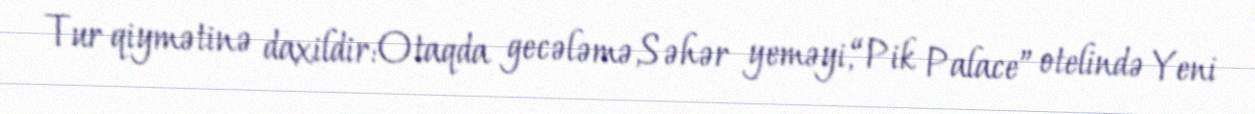
Tur qiymətinə daxildir:Otaqda gecələmə,Səhər yeməyi,“Pik Palace” otelində Yeni